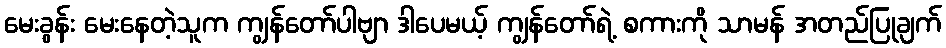
မေးခွန်း မေးနေတဲ့သူက ကျွန်တော်ပါဗျာ ဒါပေမယ့် ကျွန်တော်ရဲ့ စကားကို သာမန် အတည်ပြုချက်